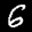
Label: 6